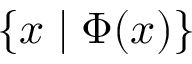
\{ x \mid \Phi ( x ) \}